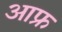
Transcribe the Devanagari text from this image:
आफ्र